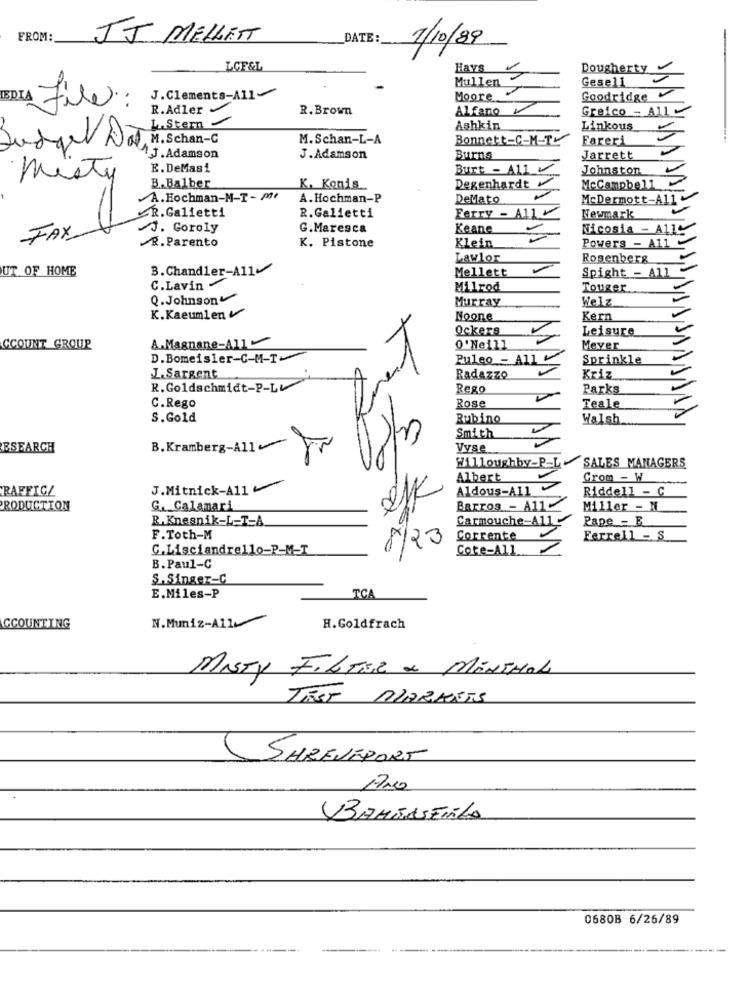
FROM:
JJ MELLETT
DATE :_
1/10/89
LCF&L
Hays
Dougherty
Mullen
Gese11
BDIA
J. Clements-All
Moore
Goodridge
File:
R. Adler
R. Brown
Alfano
Greico - All
L.Stern
Ashkin
Linkous
M.Schan-C
M.Schan-L-A
Bonnett-C-M-TY
Fareri
AJ.Adamson
J.Adamson
Burns
Jarrett
E. DeMasi
Burt - A11
Johnston
misty
B.Balber
K. Konis ..
Degenhardt
McCampbell
A.Hochman-M-T- Me
A. Hochman-P
DeMato
McDermott-A11
R.Galietti
Ferry - A11
R. Galietti
Newmark
J. Goroly
G.Maresca
Keane
Nicosia - A116
FAX
R. Parento
K. Pistone
Klein
Powers - A11
Lawlor
Rosenberg
UT OF HOME
B.Chandler-A11
Mellett
Spight - A11
C.Lavin -
Milrod
Touger
Q. Johnson
Murray
Welz
K.Kaeumlen
Noone
Kern
Ockers
Leisure
CCOUNT GROUP
A.Magnane-All
0'Neill
Mever
D.Bomeisler-C-M-T
Puleo - All
Sprinkle
J.Sargent
Radazzo
Kriz
R.Goldschmidt-P-L
Rego
Parks
C.Rego
Rose
Teale
S.Gold
Rubino
Walsh
Smith
ESEARCH
B. Kramberg-All
Vyse
SALES MANAGERS
Willoughby-P-L
Albert
Grom - W
RAFFICZ
J.Mitnick-A11
Aldous-A11
Riddell - C
2K
PRODUCTION
G. Calamari
Barros - A11
Miller - N
R.Knesnik-L-T-A
Carmouche-A11
Pape - E
F.Toth-M
8/23
Corrente
Ferrell - S
C.Lisciandrello-P-M-T
Cote-All
B. Paul-C
S.Singer-C
E.Miles-P
TCA
N. Muniz-A11
CCOUNTING
H.Goldfrach
MISTY FILTER & MENTHOL
TEST MARKETS
(SHREVEPORT
17.0
BAMBASTIRLA
0680B 6/26/89